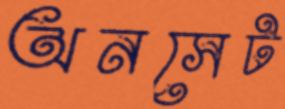
অনসেট